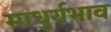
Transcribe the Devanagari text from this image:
माधुर्यभाव